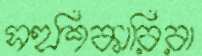
সহশিকারিরা